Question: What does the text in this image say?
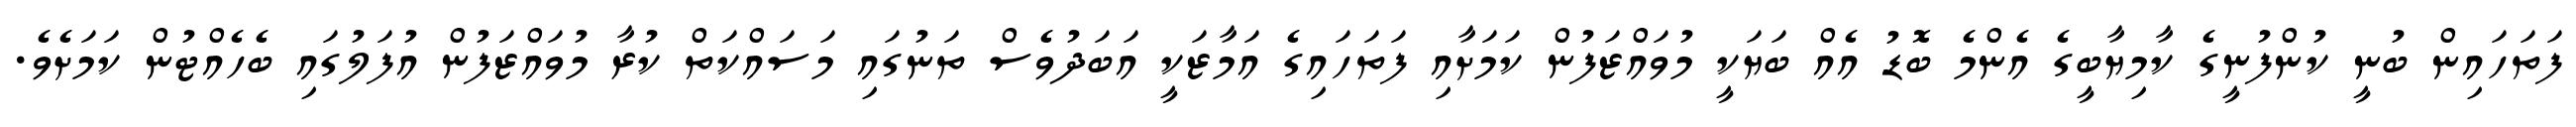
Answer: ފަތަހައިން ބުނީ ކުންފުނީގެ ކާމިޔާބީގެ އެންމެ ބޮޑު އެއް ބަޔަކީ މުވައްޒަފުން ކަމަށާއި ފަތަހައިގެ އަމާޒަކީ އަބަދުވެސް ތަނުގައި މަސައްކަތް ކުރާ މުވައްޒަފުން އުފަލުގައި ބެހެއްޓުން ކަމަށެވެ.